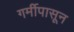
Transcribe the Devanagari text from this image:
गर्मीपासून